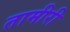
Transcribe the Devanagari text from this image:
तामीरी